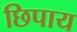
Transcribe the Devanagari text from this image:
छिपाय